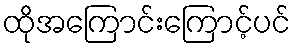
ထိုအကြောင်းကြောင့်ပင်